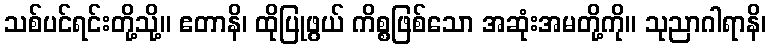
သစ်ပင်ရင်းတို့သို့။ ဧတာနိ၊ ထိုပြုဖွယ် ကိစ္စဖြစ်သော အဆုံးအမတို့ကို။ သုညာဂါရာနိ၊